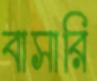
বাসারি